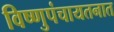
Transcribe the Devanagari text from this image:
विष्णुपंचायतनात